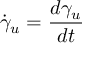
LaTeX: { \dot { \gamma } } _ { u } = { \frac { d \gamma _ { u } } { d t } }